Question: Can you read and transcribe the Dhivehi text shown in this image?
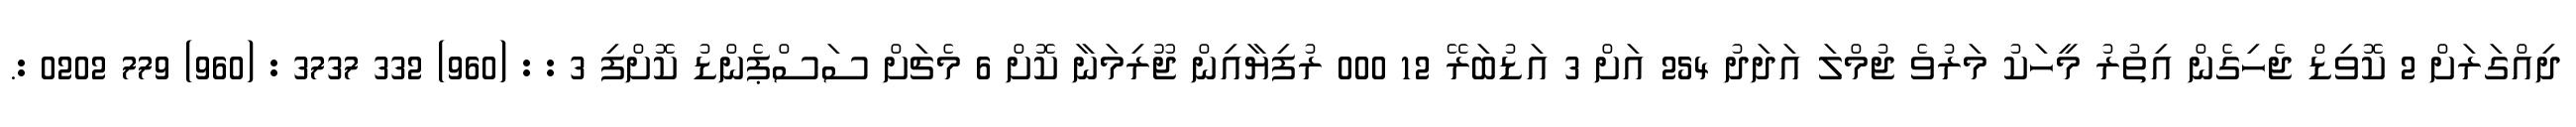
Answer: ދިއްގަރަށް 2 ކޮވިޑް ޖެހިގެން އިތުރު މީހަކު މަރުވެ ޖުމްލަ އަދަދު 254 އަށް 3 އަޑުބަރޭ 12 000 ރުފިޔާއިން ޖޫރިމަނާ ކޮށް 6 މެޗަށް ސަސްޕެންޑު ކޮށްފި 3 : : (960) 332 3737 : (960) 779 0202 :.